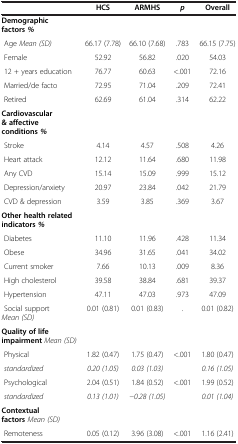
<table><thead><tr><td><b> </b></td><td><b>HCS</b></td><td><b>ARMHS</b></td><td><b><i>p</i></b></td><td><b>Overall</b></td></tr></thead><tbody><tr><td><b>Demographic factors </b><b><i>%</i></b></td><td> </td><td> </td><td> </td><td> </td></tr><tr><td> Age <i>Mean (SD)</i></td><td>66.17 (7.78)</td><td>66.10 (7.68)</td><td>.783</td><td>66.15 (7.75)</td></tr><tr><td> Female</td><td>52.92</td><td>56.82</td><td>.020</td><td>54.03</td></tr><tr><td> 12 + years education</td><td>76.77</td><td>60.63</td><td>&lt;.001</td><td>72.16</td></tr><tr><td> Married/de facto</td><td>72.95</td><td>71.04</td><td>.209</td><td>72.41</td></tr><tr><td> Retired</td><td>62.69</td><td>61.04</td><td>.314</td><td>62.22</td></tr><tr><td><b>Cardiovascular &amp;</b><b>affective conditions </b><b><i>%</i></b></td><td> </td><td> </td><td> </td><td> </td></tr><tr><td> Stroke</td><td>4.14</td><td>4.57</td><td>.508</td><td>4.26</td></tr><tr><td> Heart attack</td><td>12.12</td><td>11.64</td><td>.680</td><td>11.98</td></tr><tr><td> Any CVD</td><td>15.14</td><td>15.09</td><td>.999</td><td>15.12</td></tr><tr><td> Depression/anxiety</td><td>20.97</td><td>23.84</td><td>.042</td><td>21.79</td></tr><tr><td> CVD &amp; depression</td><td>3.59</td><td>3.85</td><td>.369</td><td>3.67</td></tr><tr><td><b>Other health related indicators </b><b><i>%</i></b></td><td> </td><td> </td><td> </td><td> </td></tr><tr><td> Diabetes</td><td>11.10</td><td>11.96</td><td>.428</td><td>11.34</td></tr><tr><td> Obese</td><td>34.96</td><td>31.65</td><td>.041</td><td>34.02</td></tr><tr><td> Current smoker</td><td>7.66</td><td>10.13</td><td>.009</td><td>8.36</td></tr><tr><td> High cholesterol</td><td>39.58</td><td>38.84</td><td>.681</td><td>39.37</td></tr><tr><td> Hypertension</td><td>47.11</td><td>47.03</td><td>.973</td><td>47.09</td></tr><tr><td> Social support <i>Mean (SD)</i></td><td>0.01 (0.81)</td><td>0.01 (0.83)</td><td>.</td><td>0.01 (0.82)</td></tr><tr><td><b>Quality of life impairment</b><i>Mean (SD)</i></td><td> </td><td> </td><td> </td><td> </td></tr><tr><td> Physical</td><td>1.82 (0.47)</td><td>1.75 (0.47)</td><td>&lt;.001</td><td>1.80 (0.47)</td></tr><tr><td> <i>standardized</i></td><td><i>0.20 (1.05)</i></td><td><i>0.03 (1.03)</i></td><td> </td><td><i>0.16 (1.05)</i></td></tr><tr><td> Psychological</td><td>2.04 (0.51)</td><td>1.84 (0.52)</td><td>&lt;.001</td><td>1.99 (0.52)</td></tr><tr><td> <i>standardized</i></td><td><i>0.13 (1.01)</i></td><td><i>−0.28 (1.05)</i></td><td> </td><td><i>0.01 (1.04)</i></td></tr><tr><td><b>Contextual factors</b><i>Mean (SD)</i></td><td> </td><td> </td><td> </td><td> </td></tr><tr><td> Remoteness</td><td>0.05 (0.12)</td><td>3.96 (3.08)</td><td>&lt;.001</td><td>1.16 (2.41)</td></tr></tbody></table>